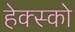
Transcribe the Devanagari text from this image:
हेक्स्को